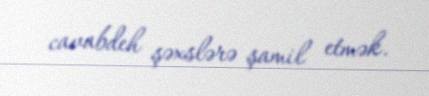
cavabdeh şəxslərə şamil etmək.